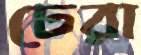
ঢেরা